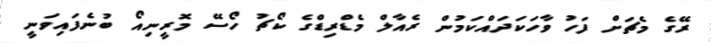
ރޭގެ މެޗަށް ފަހު ވާހަކަދައްކަމުން ރެއާލް މެޑްރިޑްގެ ކޯޗު ހޯސޭ މޮރީނިއޯ ބުނެފައިވަނީ